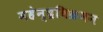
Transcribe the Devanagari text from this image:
महेन्द्रविक्रमन